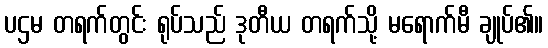
ပဌမ တရက်တွင်း ရုပ်သည် ဒုတီယ တရက်သို့ မရောက်မီ ချုပ်၏။